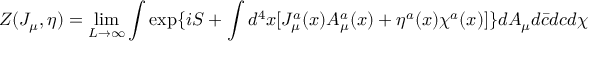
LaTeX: Z ( J _ { \mu } , \eta ) = \operatorname * { l i m } _ { L \rightarrow \infty } \int \exp \{ i S + \int d ^ { 4 } x [ J _ { \mu } ^ { a } ( x ) A _ { \mu } ^ { a } ( x ) + \eta ^ { a } ( x ) \chi ^ { a } ( x ) ] \} d A _ { \mu } d \bar { c } d c d \chi